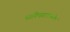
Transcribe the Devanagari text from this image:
पाकिस्तानावरील